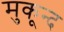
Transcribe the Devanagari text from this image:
मुकून्द